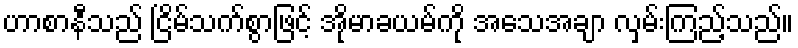
ဟာစာနီသည် ငြိမ်သက်စွာဖြင့် အိုမာခယမ်ကို အသေအချာ လှမ်းကြည့်သည်။